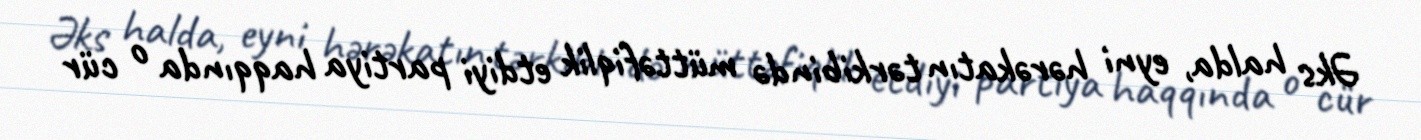
Əks halda, eyni hərəkatın tərkibində müttəfiqlik etdiyi partiya haqqında o cür